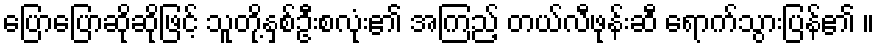
ပြောပြောဆိုဆိုဖြင့် သူတို့နှစ်ဦးစလုံး၏ အကြည့် တယ်လီဖုန်းဆီ ရောက်သွားပြန်၏ ။